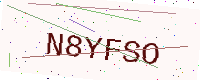
Text: N8YFSO